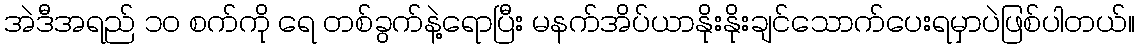
အဲဒီအရည် ၁၀ စက်ကို ရေ တစ်ခွက်နဲ့ရောပြီး မနက်အိပ်ယာနိုးနိုးချင်သောက်ပေးရမှာပဲဖြစ်ပါတယ်။